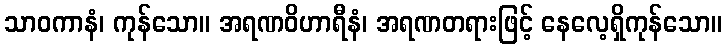
သာဝကာနံ၊ ကုန်သော။ အရဏဝိဟာရီနံ၊ အရဏတရားဖြင့် နေလေ့ရှိကုန်သော။